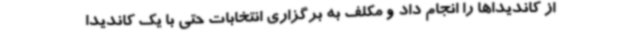
از کاندیداها را انجام داد و مکلف به برگزاری انتخابات حتی با یک کاندیدا